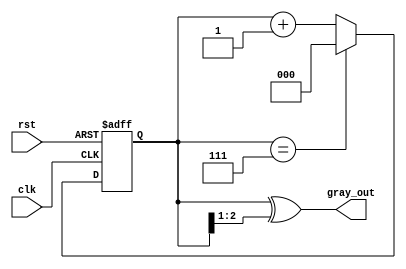
module gray_code_counter (
    input wire clk,         // Clock input
    input wire rst,         // Asynchronous reset
    output reg [2:0] gray_out // 3-bit Gray code output
);

    reg [2:0] binary_count; // 3-bit binary counter

    // Binary to Gray code conversion
    function [2:0] binary_to_gray;
        input [2:0] binary;
        begin
            binary_to_gray = binary ^ (binary >> 1);
        end
    endfunction

    // Sequential logic for counting
    always @(posedge clk or posedge rst) begin
        if (rst) begin
            binary_count <= 3'b000; // Reset binary counter to 0
        end else begin
            binary_count <= (binary_count == 3'b111) ? 3'b000 : binary_count + 1; // Increment or wrap around
        end
    end

    // Update Gray code output
    always @(binary_count) begin
        gray_out <= binary_to_gray(binary_count); // Convert binary to Gray code
    end

endmodule